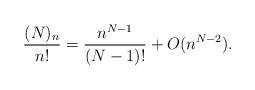
LaTeX: \begin{align*}\frac{ (N)_n}{n!} = \frac{n^{N-1}}{(N-1)!} + O(n^{N-2}).\end{align*}